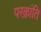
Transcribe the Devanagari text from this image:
परक्रांति